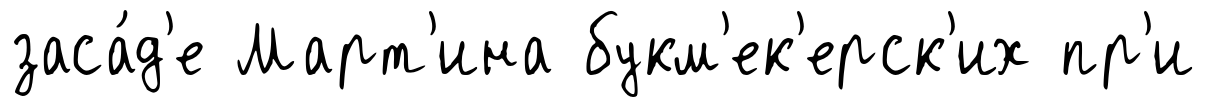
заса́д'е Март'ина букм'ек'ерск'их пр'и